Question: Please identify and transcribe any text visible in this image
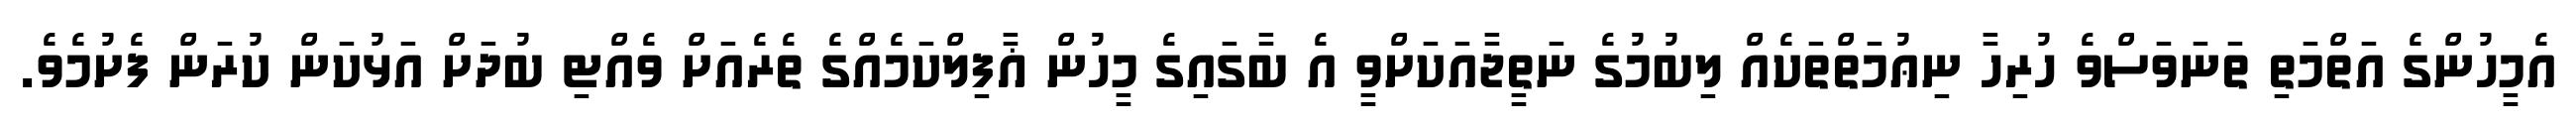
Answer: އެމީހުންގެ އަތްމަތި ތަނަވަސްވެ ހުރިހާ ނިޢުމަތްތަކެއް ލިބުމުގެ ނަތީޖާއަކަށްވީ އެ ބާގައިގެ މީހުން ޣާފިލްކަމެއްގެ ތެރެއަށް ވެއްޓި ބުދަށް އަޅުކަން ކުރަން ފެށުމެވެ.